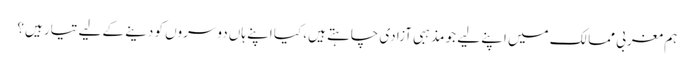
ہم مغربی ممالک میں اپنے لیے جو مذہبی آزادی چاہتے ہیں، کیا اپنے ہاں دوسروں کو دینے کے لیے تیار ہیں؟